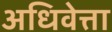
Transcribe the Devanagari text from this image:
अधिवेत्ता